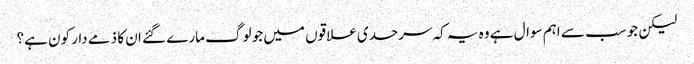
لیکن جو سب سے اہم سوال ہے وہ یہ کہ سرحدی علاقوں میں جو لوگ مارے گئے ان کا ذمے دار کون ہے؟